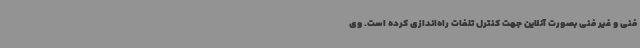
فنی و غیر فنی بصورت آنلاین جهت کنترل تلفات راه‌اندازی کرده است. وی